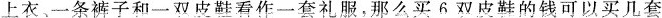
上衣、一条裤子和一双皮鞋看作一套礼服，那么买6双皮鞋的钱可以买几套